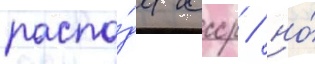
распа́да ссср / но́